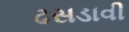
ઢસડાવી